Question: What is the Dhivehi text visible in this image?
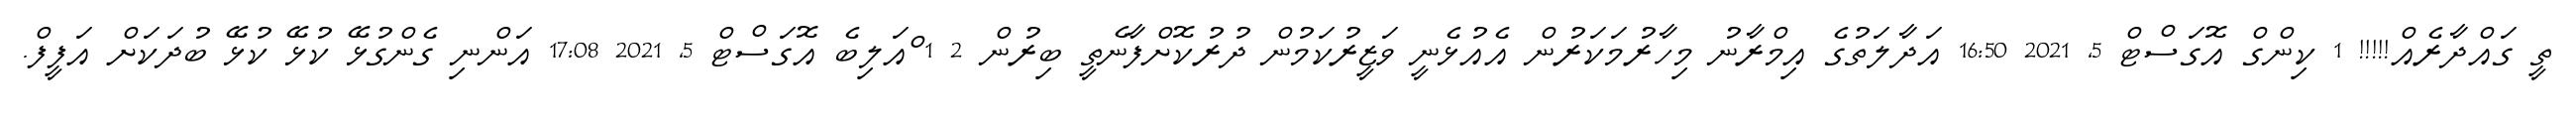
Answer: ތީ ގައްދާރެއް!!!!! 1 ކިންގް އޮގަސްޓް 5, 2021 16:50 އަދާލަތުގެ އިމްރާނު މިހާރުމަކަރުން އެއުޅެނީ ވަޒީރުކަމުން ދުރުކޮށްފާނެތީ ބިރުން 2 1 ްއަލިބެ އޮގަސްޓް 5, 2021 17:08 އަންނި ގެންގުޅޭ ކުޅޭ ކުޅޭ ބުދަކަށް އަފީފް.